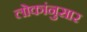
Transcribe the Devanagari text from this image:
लोकांनुसार